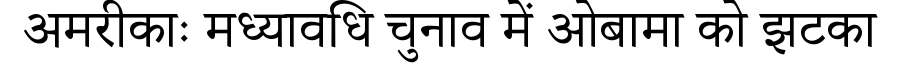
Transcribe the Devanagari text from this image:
अमरीकाः मध्यावधि चुनाव में ओबामा को झटका